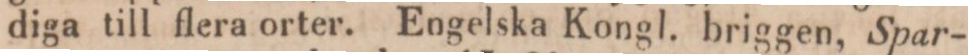
diga till flera orter. Engelska Kongl. briggen, Spar-